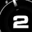
Digit: 2